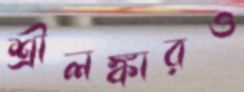
শ্রীলঙ্কারও